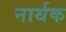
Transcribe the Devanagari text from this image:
नार्थक